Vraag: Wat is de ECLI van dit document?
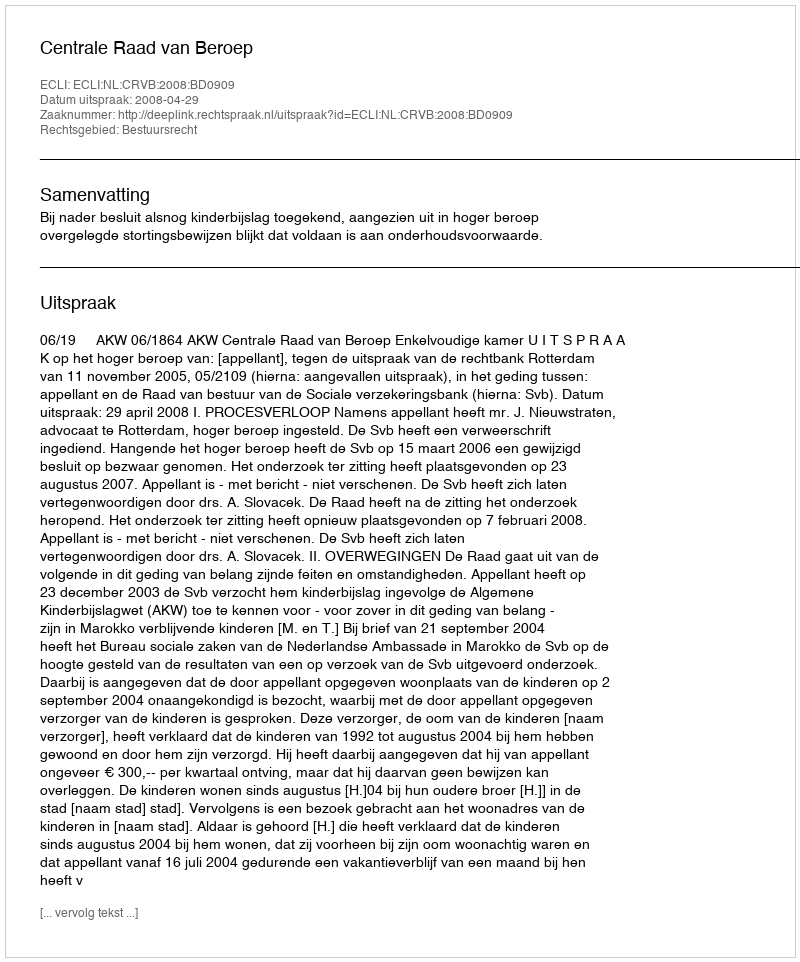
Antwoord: ECLI:NL:CRVB:2008:BD0909